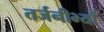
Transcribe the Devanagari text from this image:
तर्जनीभ्याँ